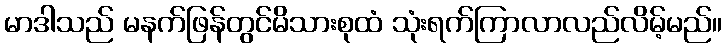
မာဒါသည် မနက်ဖြန်တွင်မိသားစုထံ သုံးရက်ကြာလာလည်လိမ့်မည်။